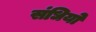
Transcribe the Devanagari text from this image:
संधियो